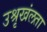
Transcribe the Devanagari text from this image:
उश्रृखंलता